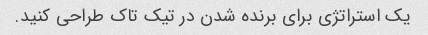
یک استراتژی برای برنده شدن در تیک تاک طراحی کنید.